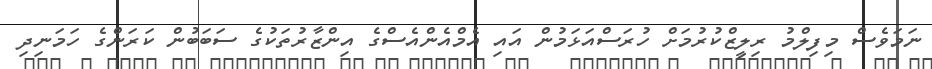
ނަމަވެސް މިފިލްމު ރިލީޒްކުރުމަށް ހުރަސްއަޅަމުން އައި އެމްއެންއެސްގެ އިންޒާރުތަކުގެ ސަބަބުން ކަރަންގެ ހަމަނިދި